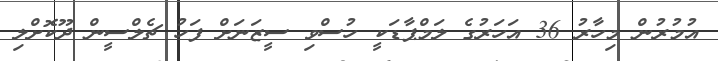
އުމުރުން މިހާރު 36 އަހަރުގެ ލަމްޕާޑަކީ ހުސްވި ސީޒަނަށް ފަހު ޗެލްސީން ދޫކޮށްލި